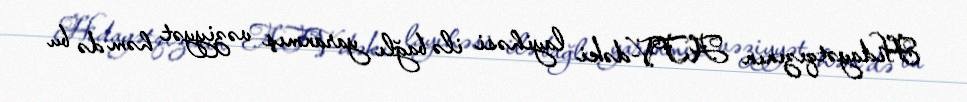
Hidayətqızının ATV-dəki layihəsi ilə bağlı yaranmış vəziyyət həm də bu